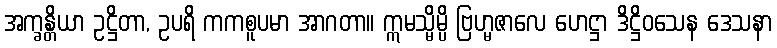
အက္ခန္တိယာ ဥဋ္ဌိတာ, ဥပရိ ကကစူပမာ အာဂတာ။ ဣမသ္မိမ္ပိ ဗြဟ္မဇာလေ ဟေဋ္ဌာ ဒိဋ္ဌိဝသေန ဒေသနာ